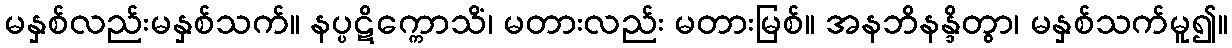
မနှစ်လည်းမနှစ်သက်။ နပ္ပဋိက္ကောသိံ၊ မတားလည်း မတားမြစ်။ အနဘိနန္ဒိတွာ၊ မနှစ်သက်မူ၍။